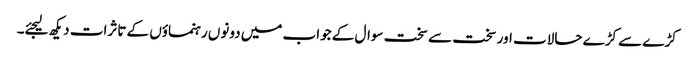
کڑے سے کڑے حالات اور سخت سے سخت سوال کے جواب میں دونوں رہنماؤں کے تاثرات دیکھ لیجئے۔